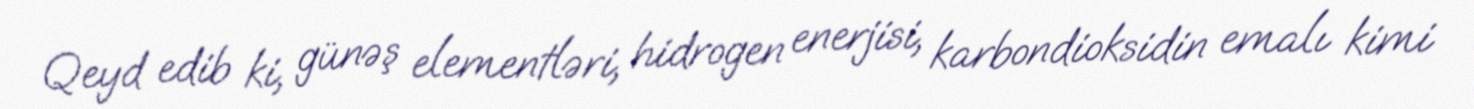
Qeyd edib ki, günəş elementləri, hidrogen enerjisi, karbondioksidin emalı kimi